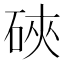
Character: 硤